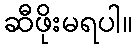
ဆီဖိုးမရပါ။